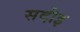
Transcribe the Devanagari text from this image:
सदीइ